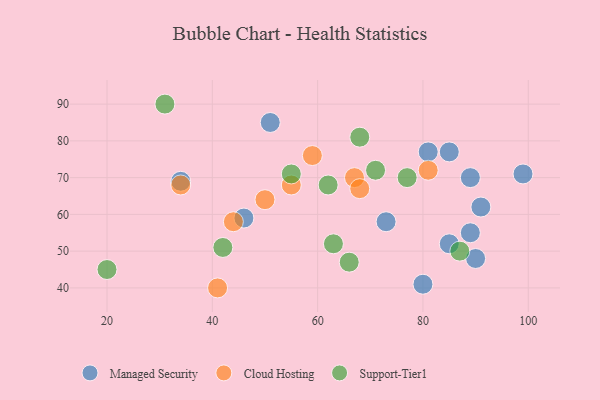
{"axis": {"x": "GDP", "y": "Life Expectancy"}, "legend": ["Cloud Hosting", "Managed Security", "Support-Tier1"], "data": [{"x": "46", "y": 59, "type": "Managed Security"}, {"x": "89", "y": 55, "type": "Managed Security"}, {"x": "99", "y": 71, "type": "Managed Security"}, {"x": "89", "y": 70, "type": "Managed Security"}, {"x": "90", "y": 48, "type": "Managed Security"}, {"x": "73", "y": 58, "type": "Managed Security"}, {"x": "80", "y": 41, "type": "Managed Security"}, {"x": "91", "y": 62, "type": "Managed Security"}, {"x": "85", "y": 52, "type": "Managed Security"}, {"x": "85", "y": 77, "type": "Managed Security"}, {"x": "51", "y": 85, "type": "Managed Security"}, {"x": "34", "y": 69, "type": "Managed Security"}, {"x": "81", "y": 77, "type": "Managed Security"}, {"x": "67", "y": 70, "type": "Cloud Hosting"}, {"x": "59", "y": 76, "type": "Cloud Hosting"}, {"x": "44", "y": 58, "type": "Cloud Hosting"}, {"x": "81", "y": 72, "type": "Cloud Hosting"}, {"x": "55", "y": 68, "type": "Cloud Hosting"}, {"x": "50", "y": 64, "type": "Cloud Hosting"}, {"x": "68", "y": 67, "type": "Cloud Hosting"}, {"x": "41", "y": 40, "type": "Cloud Hosting"}, {"x": "34", "y": 68, "type": "Cloud Hosting"}, {"x": "63", "y": 52, "type": "Support-Tier1"}, {"x": "68", "y": 81, "type": "Support-Tier1"}, {"x": "62", "y": 68, "type": "Support-Tier1"}, {"x": "20", "y": 45, "type": "Support-Tier1"}, {"x": "66", "y": 47, "type": "Support-Tier1"}, {"x": "77", "y": 70, "type": "Support-Tier1"}, {"x": "71", "y": 72, "type": "Support-Tier1"}, {"x": "87", "y": 50, "type": "Support-Tier1"}, {"x": "42", "y": 51, "type": "Support-Tier1"}, {"x": "55", "y": 71, "type": "Support-Tier1"}, {"x": "31", "y": 90, "type": "Support-Tier1"}]}